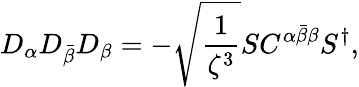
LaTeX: D_{\alpha}D_{\bar{\beta}}D_{\beta}=-\sqrt{\frac{1}{\zeta^{3}}}SC^{\alpha\bar{\beta}\beta}S^{\dagger},